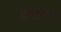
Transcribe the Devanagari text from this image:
वेरीनिग्ड